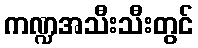
ကဏ္ဍအသီးသီးတွင်